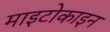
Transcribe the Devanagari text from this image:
माइटोकाइन